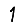
Digit: 1